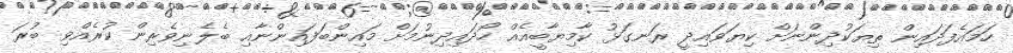
ހަމައެފަދައިން ތިޔަކުދިންނަށް ކިޔަވައިދީ ރަނގަޅު ކާމިޔާބީއެއް ހޯދައިދިނުމަށް މައިންބަފައިންނާއި ބެލެނިވެރިން ކުރެއްވި ބުރަ